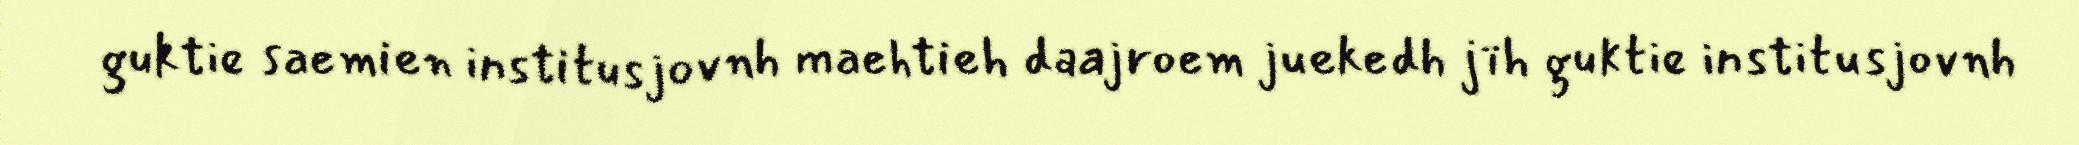
guktie saemien institusjovnh maehtieh daajroem juekedh jïh guktie institusjovnh